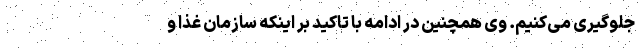
جلوگیری می‌کنیم. وی همچنین در ادامه با تاکید بر اینکه سازمان غذا و